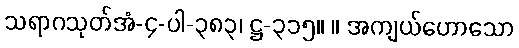
သရာဂသုတ်အံ-၄-ပါ-၃၈၃၊ ဋ္ဌ-၃၁၅။ ။ အကျယ်ဟောသော